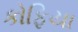
કોફિયા